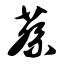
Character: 蔡